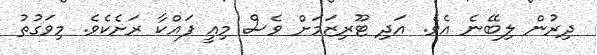
ދިރުން ލިބޭނެ އެވެ. އަދި ޓޫރިޒަމަށް ވެސް މިއީ ފައްކާ ރަށެކެވެ. މިވަގުތު